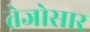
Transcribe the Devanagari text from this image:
तेजोसार